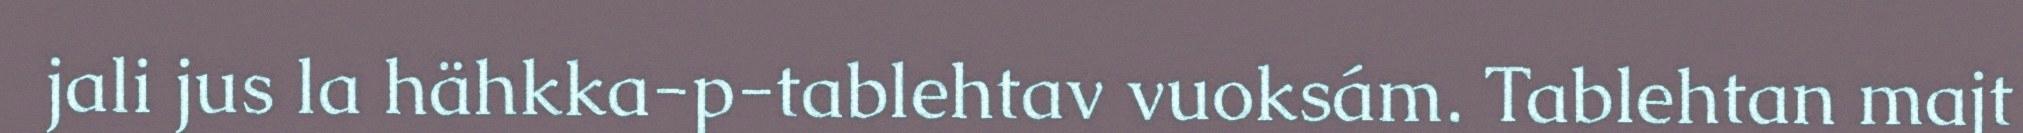
jali jus la hähkka-p-tablehtav vuoksám. Tablehtan majt